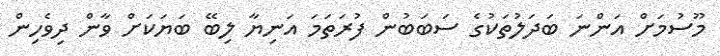
މޫސުމަށް އަންނަ ބަދަލުތަކުގެ ސަބަބުން ފުރަތަމަ އަނިޔާ ލިބޭ ބަޔަކަށް ވާން ދިވެހިން